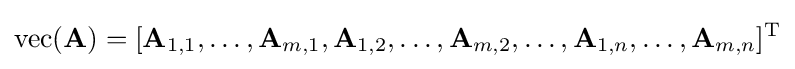
\operatorname {vec} (\mathbf {A} )=[\mathbf {A} _{1,1},\ldots ,\mathbf {A} _{m,1},\mathbf {A} _{1,2},\ldots ,\mathbf {A} _{m,2},\ldots ,\mathbf {A} _{1,n},\ldots ,\mathbf {A} _{m,n}]^{\mathrm {T} }